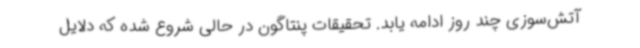
آتش‌سوزی چند روز ادامه یابد. تحقیقات پنتاگون در حالی شروع شده که دلایل